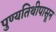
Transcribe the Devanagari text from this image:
पुण्यतिथीपासून